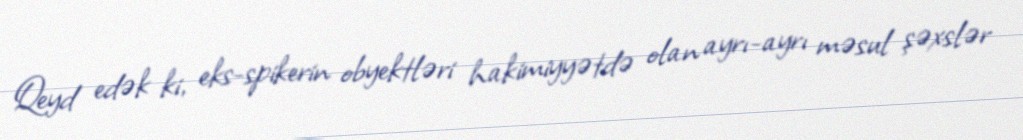
Qeyd edək ki, eks-spikerin obyektləri hakimiyyətdə olan ayrı-ayrı məsul şəxslər